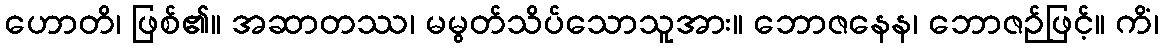
ဟောတိ၊ ဖြစ်၏။ အဆာတဿ၊ မမွတ်သိပ်သောသူအား။ ဘောဇနေန၊ ဘောဇဉ်ဖြင့်။ ကိံ၊